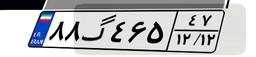
۲۵گ۹۱۸۹۱